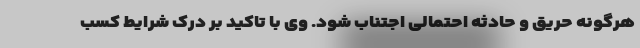
هرگونه حریق و حادثه احتمالی اجتناب شود. وی با تاکید بر درک شرایط کسب